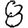
Digit: 8